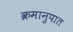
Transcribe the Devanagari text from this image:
क्रमानुपात